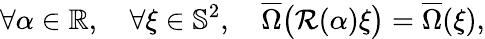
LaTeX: \forall\alpha\in\mathbb{R},\quad\forall\xi\in\mathbb{S}^{2},\quad\overline{{\Omega}}\big(\mathcal{R}(\alpha)\xi\big)=\overline{{\Omega}}(\xi),